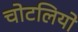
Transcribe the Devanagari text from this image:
चोटलियो